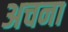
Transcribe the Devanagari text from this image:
अचना